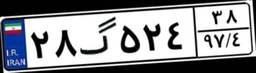
۰۸گ۶۴۸۹۲